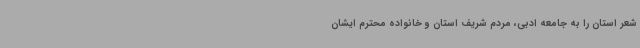
شعر استان را به جامعه ادبی، مردم شریف استان و خانواده محترم ایشان